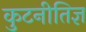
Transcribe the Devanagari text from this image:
कुटनीतिज्ञ